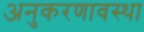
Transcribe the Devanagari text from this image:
अनुकरणावस्था